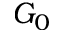
G _ { 0 }